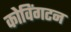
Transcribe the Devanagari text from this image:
कोविंगटन